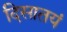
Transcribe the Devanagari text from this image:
दिसातयं